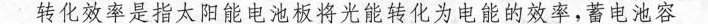
转化效率是指太阳能电池板将光能转化为电能的效率，蓄电池容